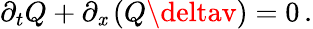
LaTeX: \partial_{t}Q+\partial_{\mathit{x}}\left(Q\deltav\right)=0\, .